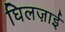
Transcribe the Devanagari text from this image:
घिलज़ाई